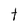
Character: t